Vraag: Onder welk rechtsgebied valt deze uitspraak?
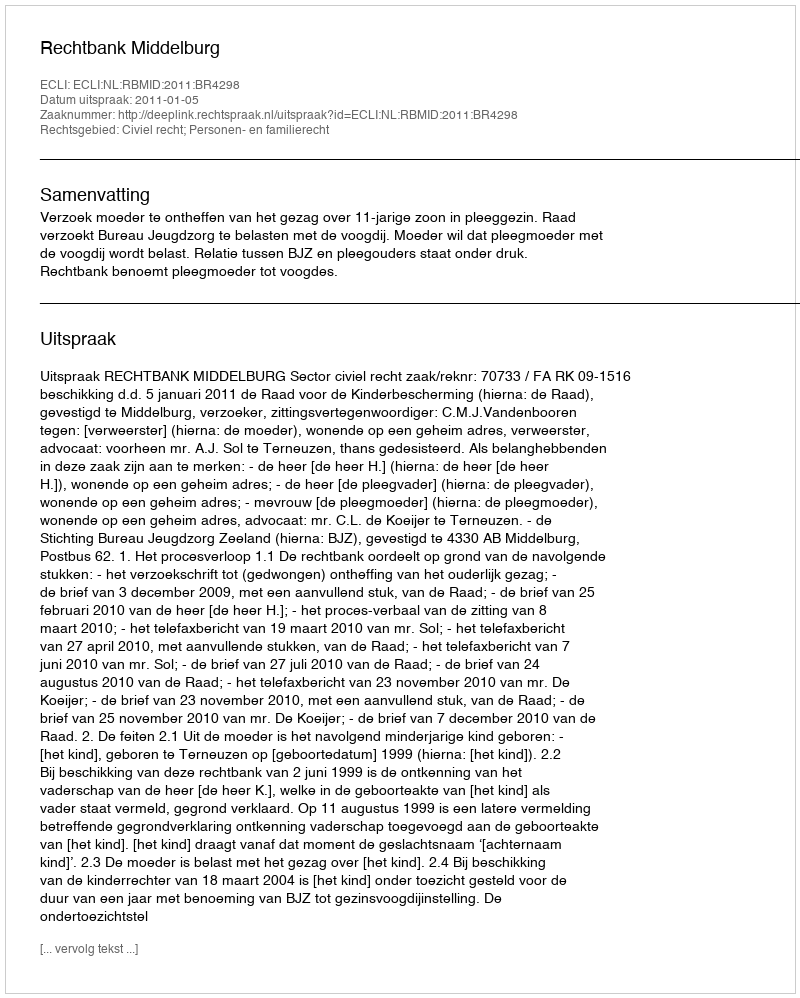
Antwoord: Civiel recht; Personen- en familierecht